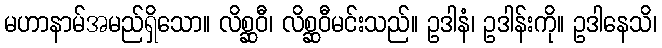
မဟာနာမ်အမည်ရှိသော။ လိစ္ဆဝီ၊ လိစ္ဆဝီမင်းသည်။ ဥဒါနံ၊ ဥဒါန်းကို။ ဥဒါနေသိ၊